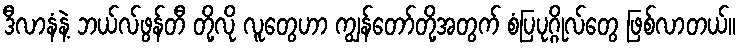
ဒီလာနံနဲ့ ဘယ်လ်ဖွန်တီ တို့လို လူတွေဟာ ကျွန်တော်တို့အတွက် စံပြပုဂ္ဂိုလ်တွေ ဖြစ်လာတယ်။